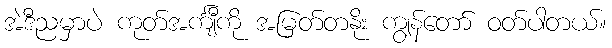
အဲဒီညမှာပဲ ကုတ်အင်္ကျီကို အမြတ်တနိုး ကျွန်တော် ဝတ်ပါတယ်။